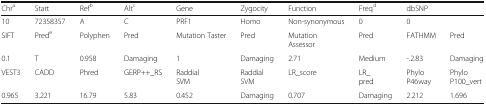
| Chra | Start | Refb | Altc | Gene | Zygocity | Function | Freqd | dbSNP |  |
 | --- | --- | --- | --- | --- | --- | --- | --- | --- | --- |
 | 10 | 72358357 | A | C | PRF1 | Homo | Non-synonymous | 0 | 0 |  |
 | SIFT | Prede | Polyphen | Pred | Mutation Taster | Pred | MutationAssessor | Pred | FATHMM | Pred |
 | 0.1 | T | 0.958 | Damaging | 1 | Damaging | 2.71 | Medium | -.2.83 | Damaging |
 | VEST3 | CADD | Phred | GERP++_RS | RaddialSVM | RaddialSVM | LR_score | LR_pred | PhyloP46way | PhyloP100_vert |
 | 0.965 | 3.221 | 16.79 | 5.83 | 0.452 | Damaging | 0.707 | Damaging | 2.212 | 1.696 |